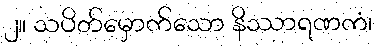
၂။ သပိတ်မှောက်သော နိဿာရဏကံ၊